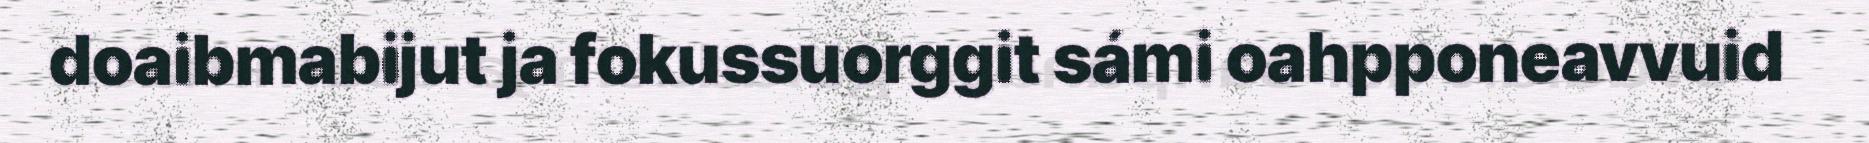
doaibmabijut ja fokussuorggit sámi oahpponeavvuid